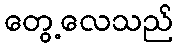
တွေ့လေသည်